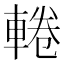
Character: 𨌫